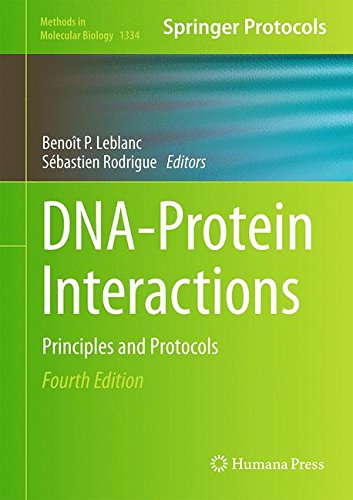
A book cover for DNA-Protein Interactions: Principles and Protocols (Methods in Molecular Biology); Computers & Technology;